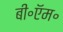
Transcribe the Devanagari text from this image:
बी॰ऍम॰